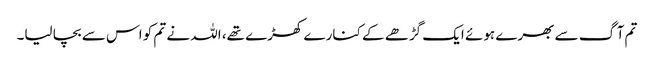
تم آگ سے بھرے ہوئے ایک گڑھے کے کنارے کھڑے تھے، اللہ نے تم کو اس سے بچا لیا۔